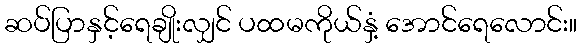
ဆပ်ပြာနှင့်ရေချိုးလျှင် ပထမကိုယ်နှံ့ အောင်ရေလောင်း။